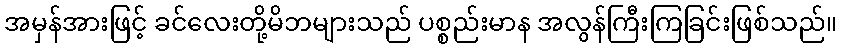
အမှန်အားဖြင့် ခင်လေးတို့မိဘများသည် ပစ္စည်းမာန အလွန်ကြီးကြခြင်းဖြစ်သည်။